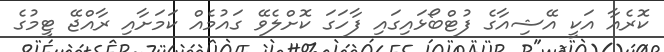
ކޮރެއާ އަކީ އޭޝިއާގެ ފުޓްބޯޅައިގައި ފާހަގަ ކޮށްލެވޭ ގައުމެއް ކަމަށާއި ރާއްޖޭ ޓީމުގެ